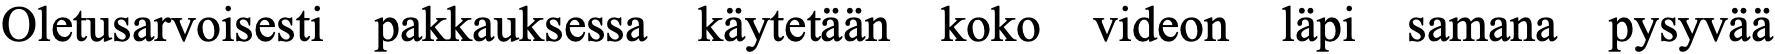
Oletusarvoisesti pakkauksessa käytetään koko videon läpi samana pysyvää